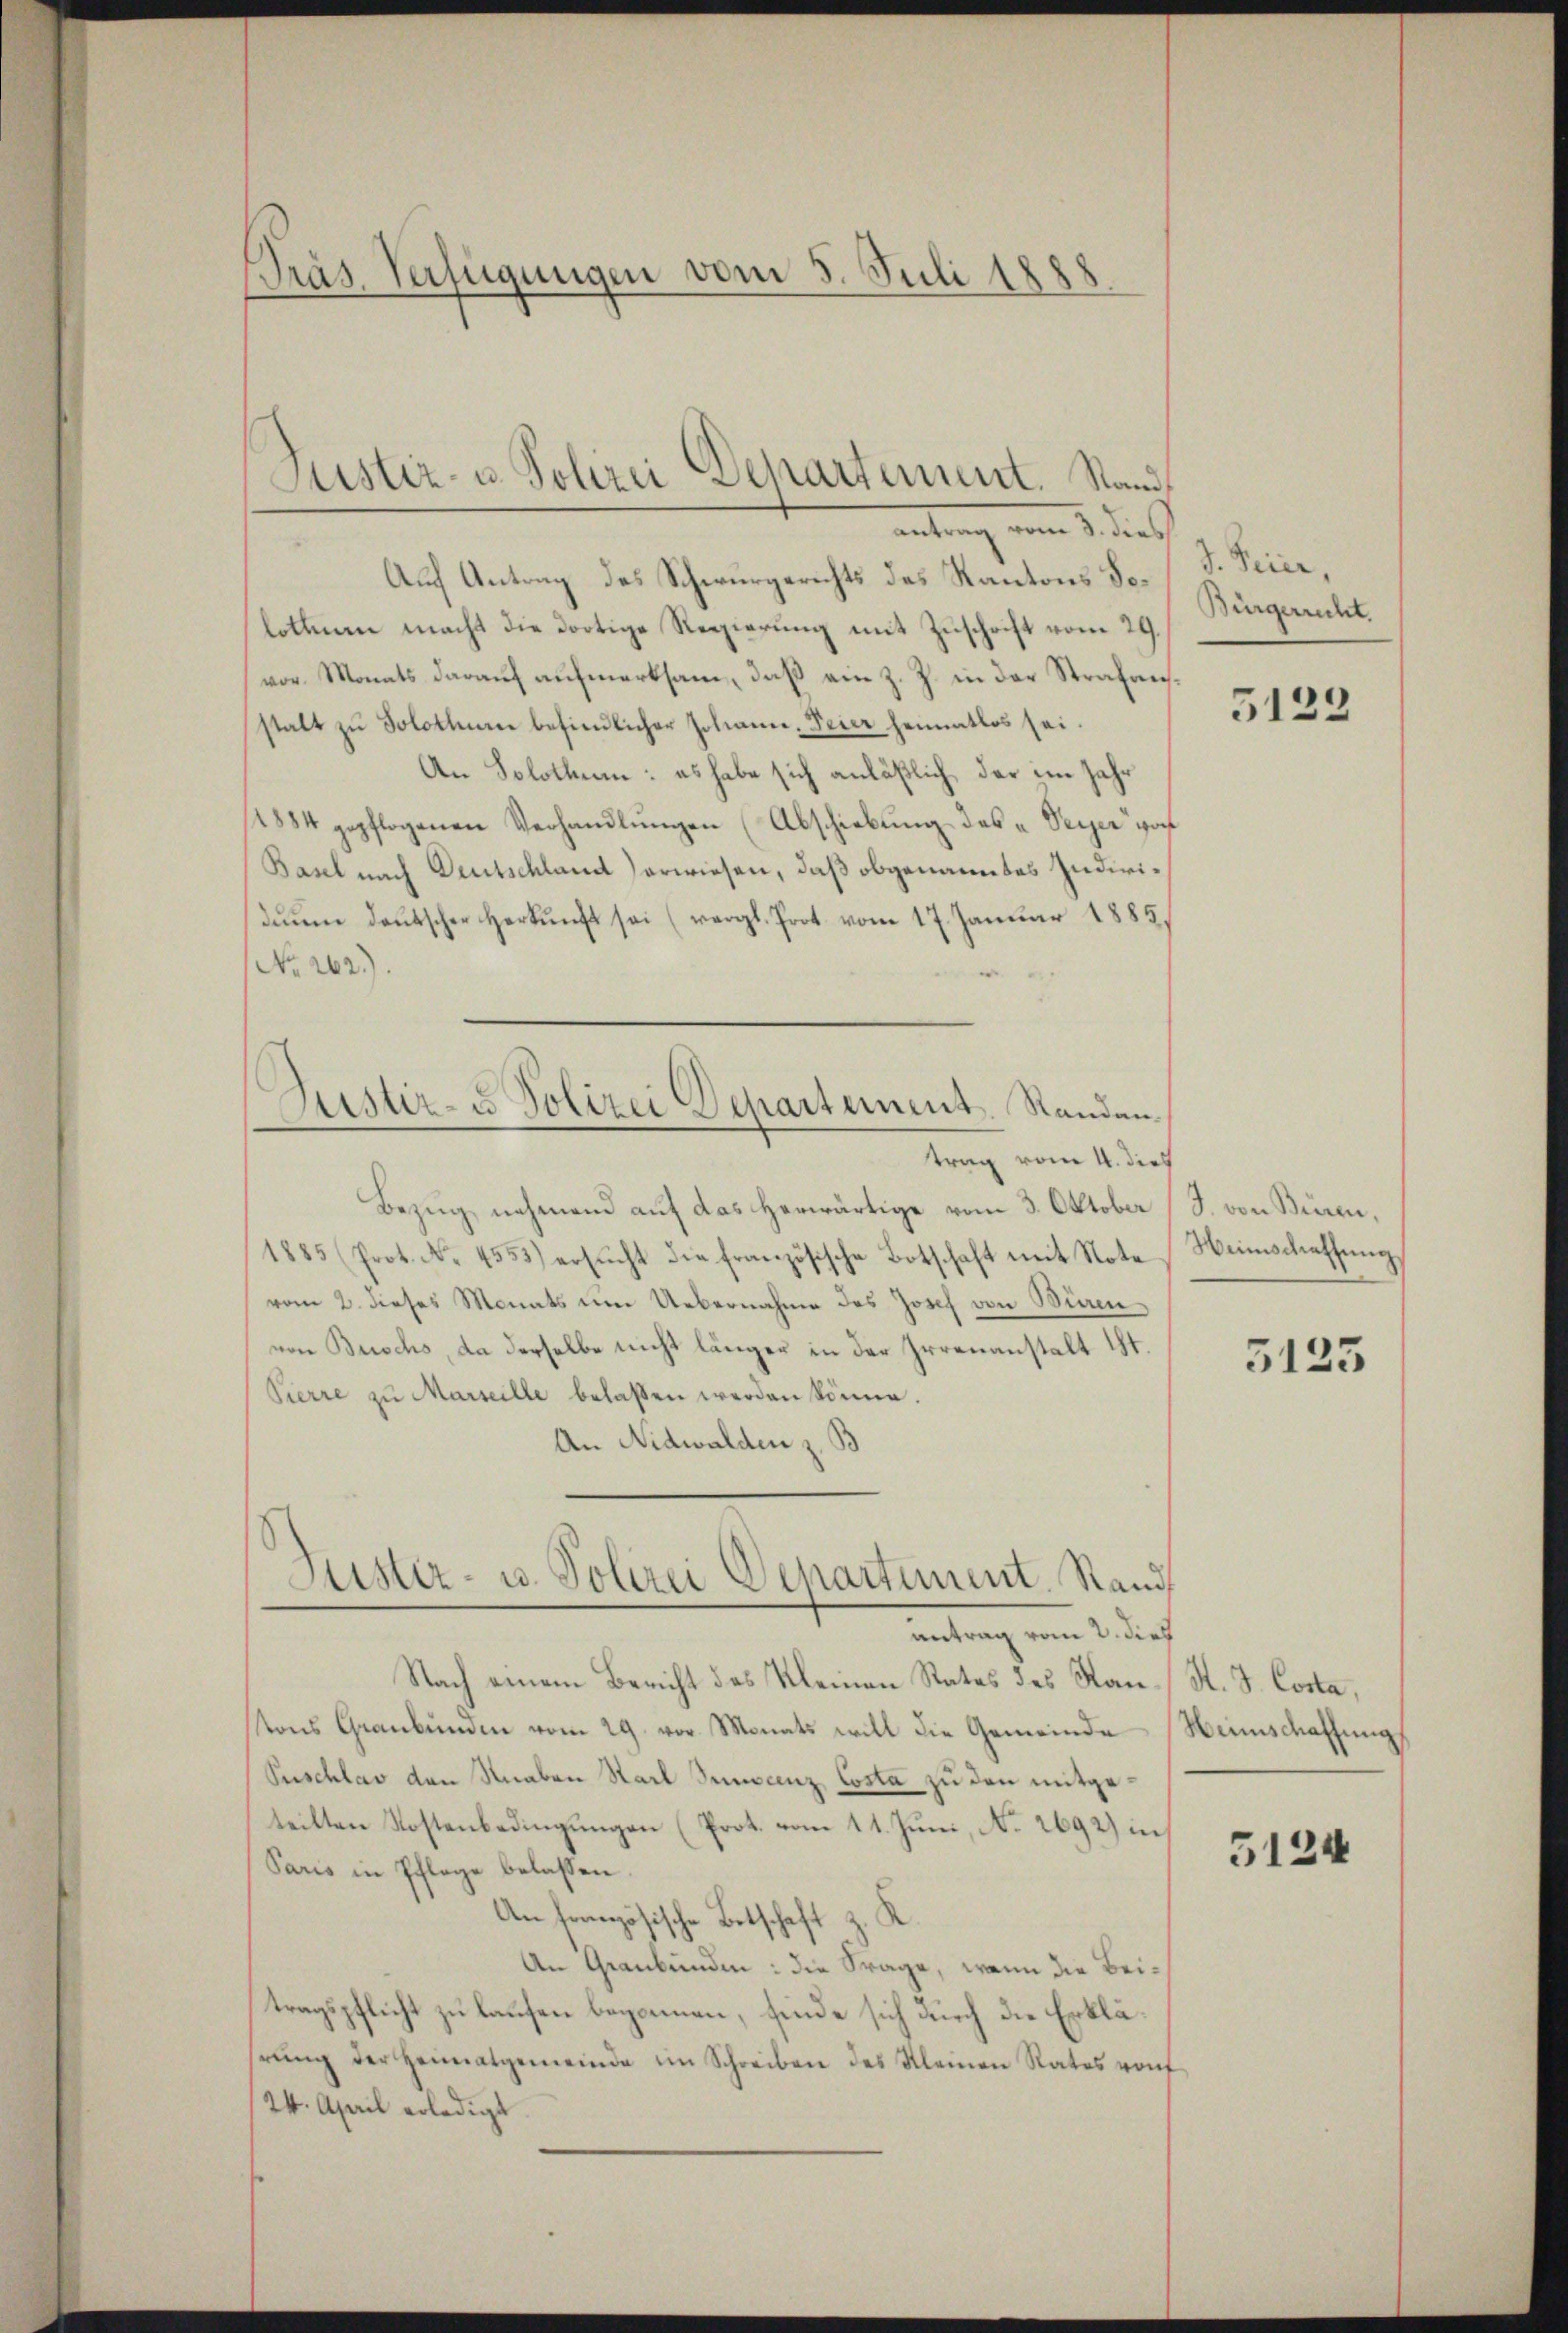
Präs. Verfügungen vom 5. Juli 1888

Auf Antrag des Schwurgerichts des Kantons Solothur macht die dortige Regierung mit Zuschrift vom 29.
vor. Monats darauf aufmerksam, daß ein z. Z. in der Strafansstalt zŭ Solothurn befindlicher Johann-Feier heimatlos sei.
An Solothum: es habe sich anläßlich, der im Jahr
1884 gepflogenen Verhandlungen (Abschiebung des „ Seyer vor
Basel nach Deutschland) erwiesen, daß obgenanntes Individuum deutscher Herkunft sei (vergl. Prot. vom 17. Januar 1885.
No. 262.).
trag vom 4. dies
Bezug nehmend auf das herwärtige vom 3. Oktober (J. von Büren.
1885 (Prot. No. 4553) ersŭcht die französische Botschaft mit Note Weinschaffŭng,
vom 2. dieses Monats um Uebernahme des Josef von Würen
von Buschs, da derselbe nicht länger in der Irrenanstalt 11.
Pierre zu Marseille belassen werden könne.
An Nidwalden z. B
Juster- u. Polizei Departement. Rand
antrag vom 2. dies
Nach einem Bericht des Kleinen Rates des Kan-St. J. Costa,
stons Graubünden vom 29. vor Monats will die Gemeinde Weinschaffungs
Puschlav den Knaben Starl Sincenz Costa zu den mitgeteilten Kostenbedingungen (Prot. vom 11. Juni, No. 2692) in
Paris in Pflege belassen.
An französische Betschaft z
An Graubünden: die Frage, wenn die Beitragspflicht zu laufen begonnen, finde sich durch die Erklährŭng der Heimatgemeinde im Schreiben des Kleinen Rates von
24. April erledigt

Justiz- u. Polizei Departement. Rand
antung vom 5. dies

Justiz- u Polizei Departement. Randan¬
—

d. Feier,
Bürgerrecht.

5123

5125

5124